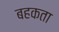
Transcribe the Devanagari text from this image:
बहकता